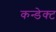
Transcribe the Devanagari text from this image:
कन्डेक्ट